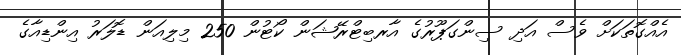
އެއްގޮތަކަށް ވެސް އަދި ސިންގަޕޫރުގެ އާރބިޓްރޭޝަން ކޯޓުން 250 މިލިއަން ޑޮލަރު އިންޑިއާގެ